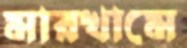
মারখামে